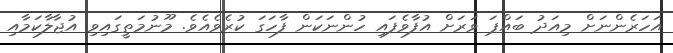
އަހަރެންނަށް މިއަދު ބައްޕަ ވަރަށް އުފާވެފައި ހުންނަކަން ފާހަގަ ކުރެވެއެވެ. މޫނުމަތީގައިވި އުޖާލާކަމާއި